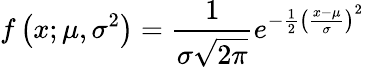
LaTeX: f\left(x;\mu,\sigma^{2}\right)={\frac{1}{\sigma{\sqrt{2\pi}}}}e^{-{\frac{1}{2}}\left({\frac{x-\mu}{\sigma}}\right)^{2}}